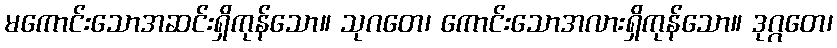
မကောင်းသောအဆင်းရှိကုန်သော။ သုဂတေ၊ ကောင်းသောအလားရှိကုန်သော။ ဒုဂ္ဂတေ၊